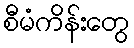
စီမံကိန်းတွေ